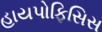
હાયપોફિસિસ